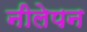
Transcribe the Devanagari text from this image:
नीलेपन